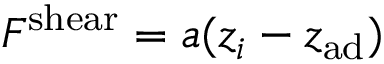
F ^ { \mathrm { s h e a r } } = a ( z _ { i } - z _ { \mathrm { a d } } )